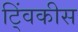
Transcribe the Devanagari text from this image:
ट्विंकीस